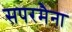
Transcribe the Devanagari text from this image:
सपरमैना